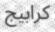
كرابيج